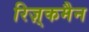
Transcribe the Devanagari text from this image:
रिज़्कमैन